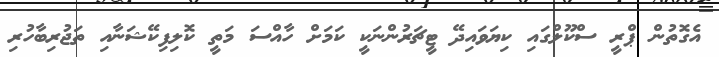
އެގޮތުން ޕްރީ ސްކޫލްގައި ކިޔަވައިދޭ ޓީޗަރުންނަކީ ކަމަށް ހާއްސަ މަތީ ކޮލިފިކޭޝަނާއި ތަޖުރިބާހުރި